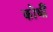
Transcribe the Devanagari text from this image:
कोधौं